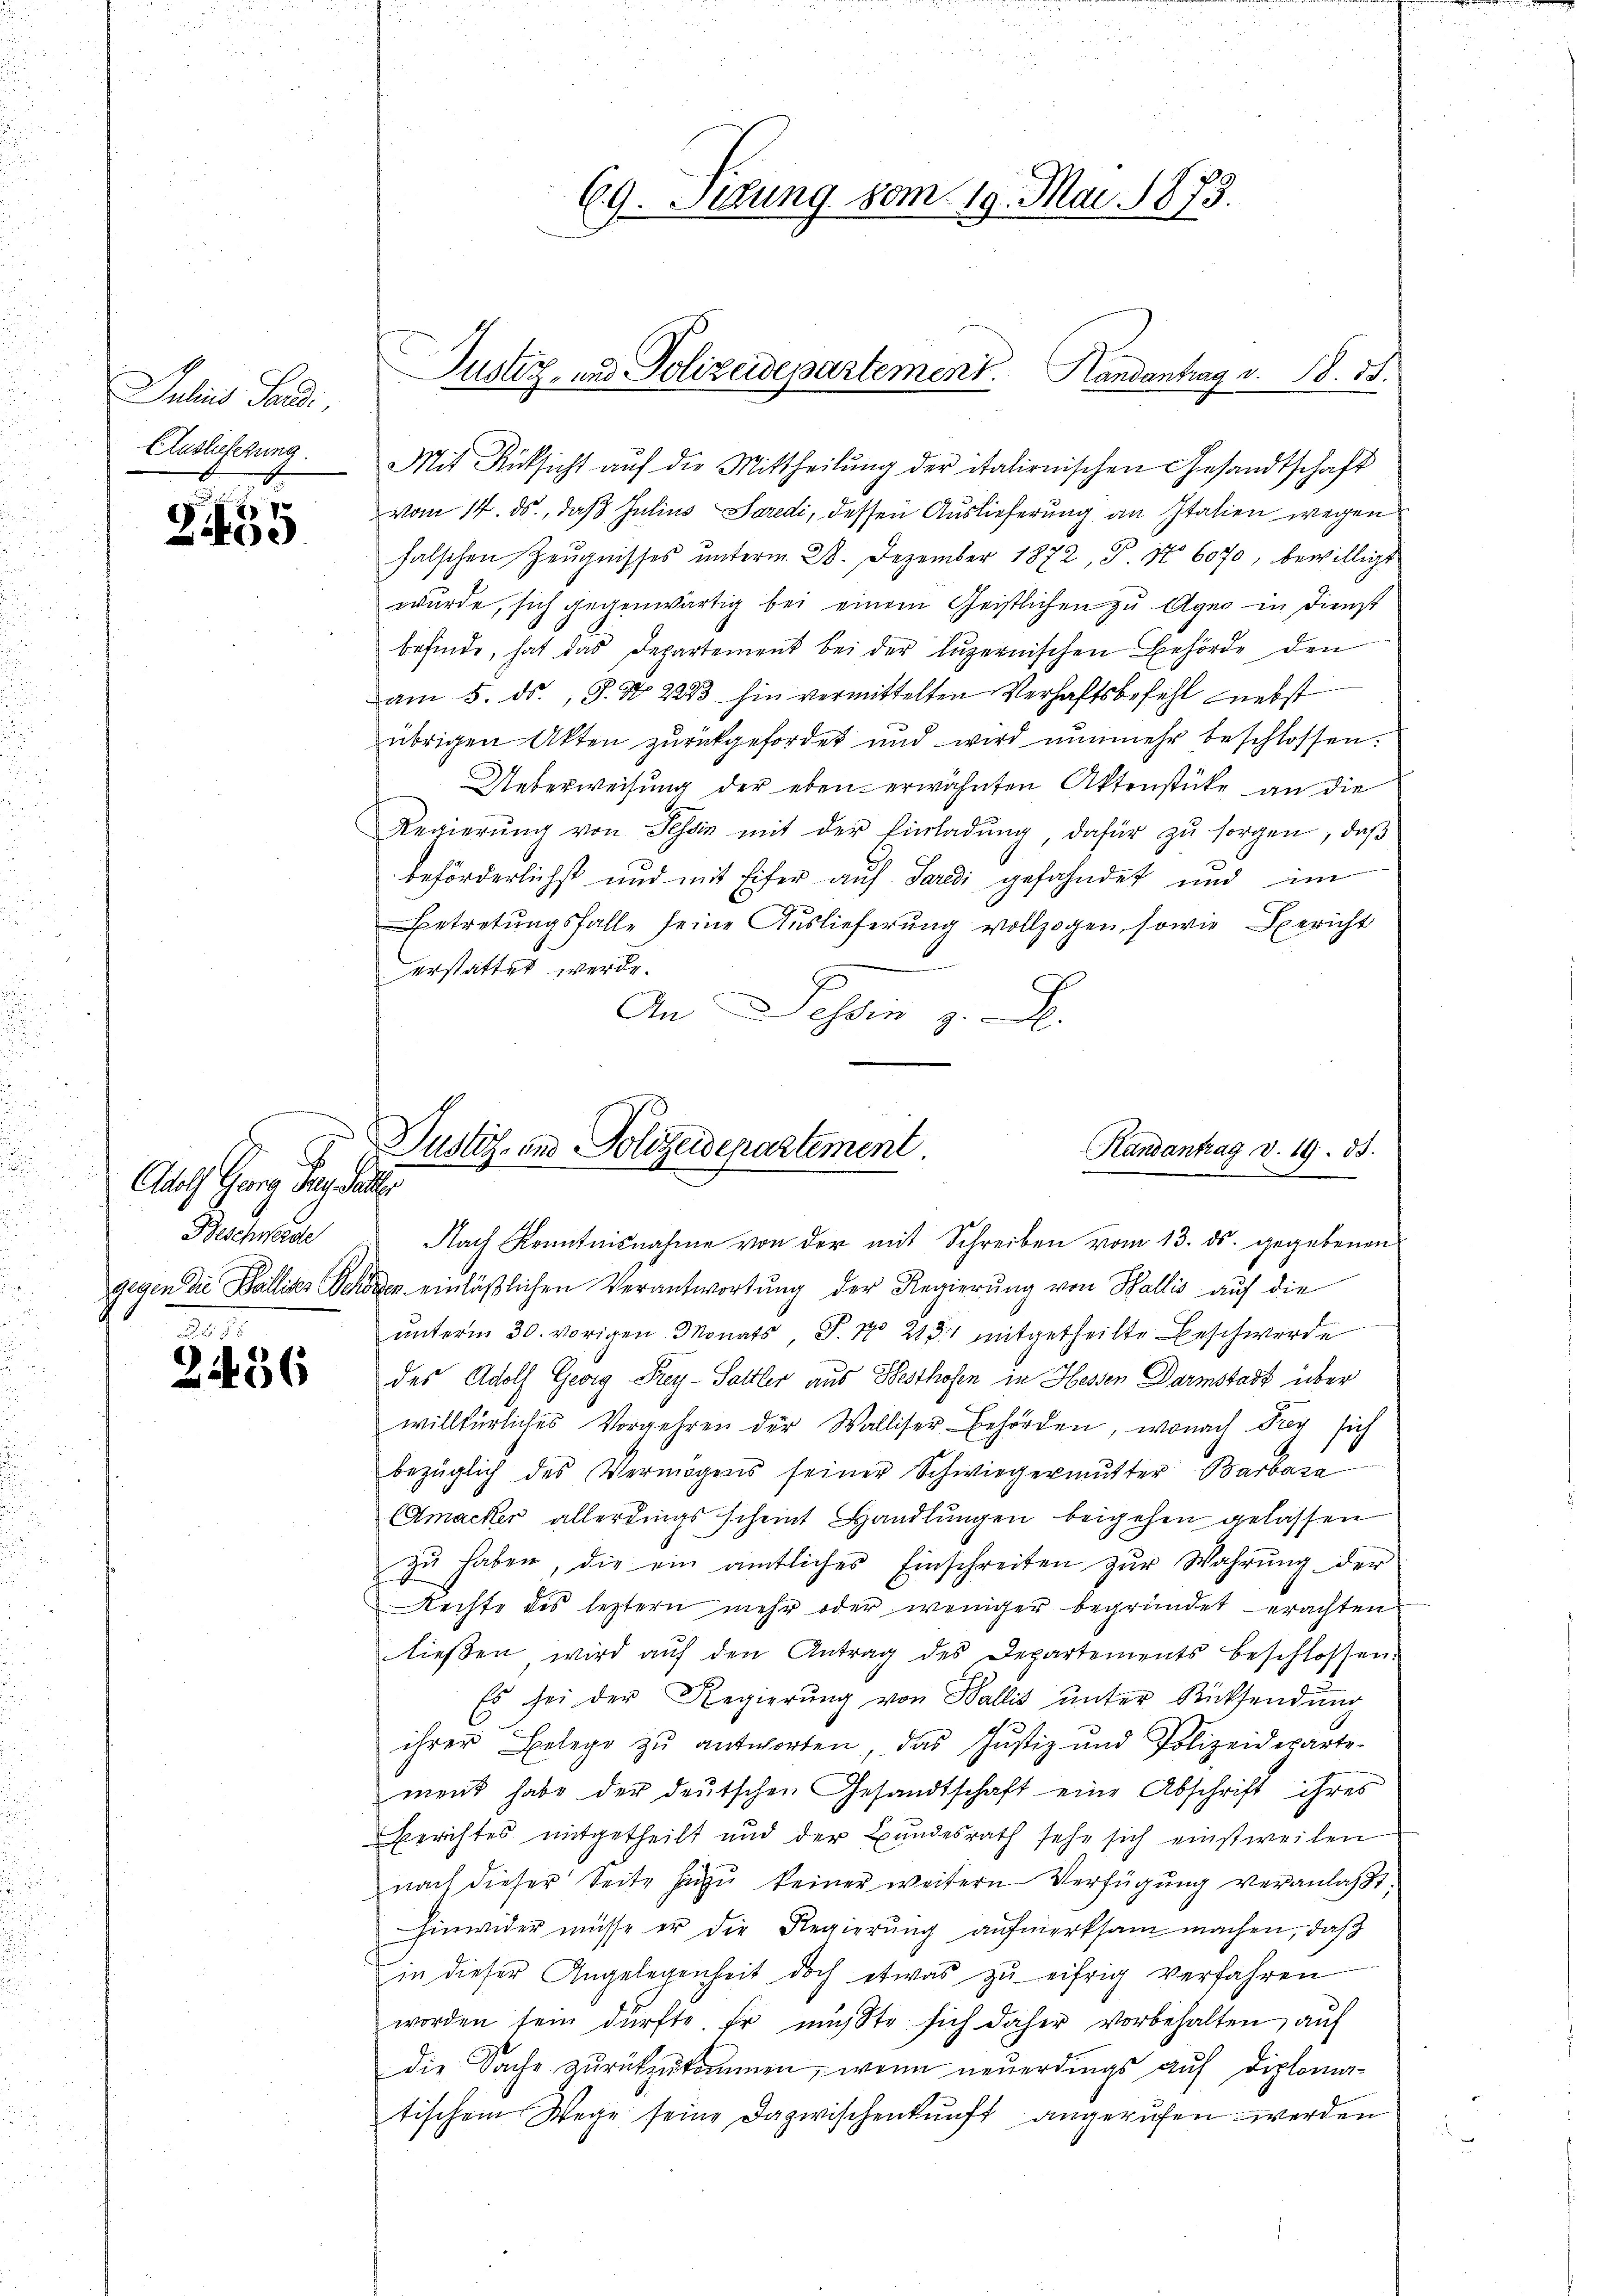
Julius Sandi,
Auslieferung.

.
24od

J
Adolf Georg Jes. Galler
Beschwerde

.
2436

69. Titung vom 19. Mai 1873.

Justiz- und Polizeidepartement. Handantrag v. 18. 85.

Justiz- und Polizeidepartement.
Randantrag d. 19. 85.
e

Mit Rücksicht auf die Mittheilung der italienischen Gesandtschaft
vom 14. ds., daß Julius Sardi, dessen Auslieferung an Italien wegen
falschen Zeŭgnisses ŭnterm 28. Dezember 1872, P. No 6070, bewilligt
wurde, sich gegenwärtig bei einem Geistlichen zu Agno in Dienst
befinde, hat das Departement bei der Luzernischen Behörde den
am 5. ds., S. N. 2233 hin vermittelten Verhaftsbefehl nebst
übrigen Akten zurückgefordet und wird nunmehr beschlossen.
Ueberweisung der eben erwähnten Aktenstücke an die
Regierŭng von Tessin mit der Einladung, dafür zu sorgen, daß
beförderlichst und mit Eifer auf Sardi gefahndet und im
Betretungsfalle seine Auslieferung vollzogen, sowie Bericht
6
erstattet werde.
An Dein
Nach Kenntnisnahme von der mit Schreiben vom 13. ds. gegebenen
gegen die Balliser Schönen einläβlichen Verantwortung der Regierung von Wallis auf die
ŭnterm 30. vorigen Monats J. No 2131 mitgetheilte Beschwerde
des Adolf Georg Frey-Sattler aus Besthofen in Hessen Darmstadt über
willkürliches Vorgehren der Walliser Behörden, wonach Frey sich
bezüglich des Vermögens seiner Schwiegermutter Barbara
Amacker allerdings scheint Handlungen beigehen gelassen
zŭ haben, die ein amtliches Einschreiten zŭr Wahrŭng der
Rechte des leztern mehr oder weniger begründet erachten
lieβen, wird aŭf den Antrag des Departements beschlossen.
Es sei der Regierŭng von Wallis ŭnter Rücksendŭng
ihrer Belege zŭ antworten, das Justiz und Polizeideparte-
ment habe der deutschen Gesandtschaft eine Abschrift ihres
Berichtes mitgetheilt und der Bundesrath sehe sich einstweilen
nach dieser Seite hiezu keiner weitern Verfügung veranlaßt,
hinwider müsse er die Regierung aufmerksam machen, daß
in dieser Angelegenheit doch etwas zŭ eifrig verfahren
worden sein dürfte Er müßte sich daher vorbehalten, auf
die Sache zurückzukommen, wenn neuerdings auf Diplomatischem Wege seine Dazwischenkunft angerufen werden

.